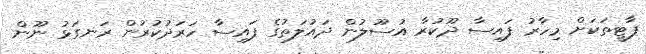
ޕާޓީތަކަށް މިހާރު ފައިސާ ދޫކުރާ އުސޫލުން ދައުލަތުގެ ފައިސާ ހަރަދުކުރުން ރަނގަޅު ނޫން